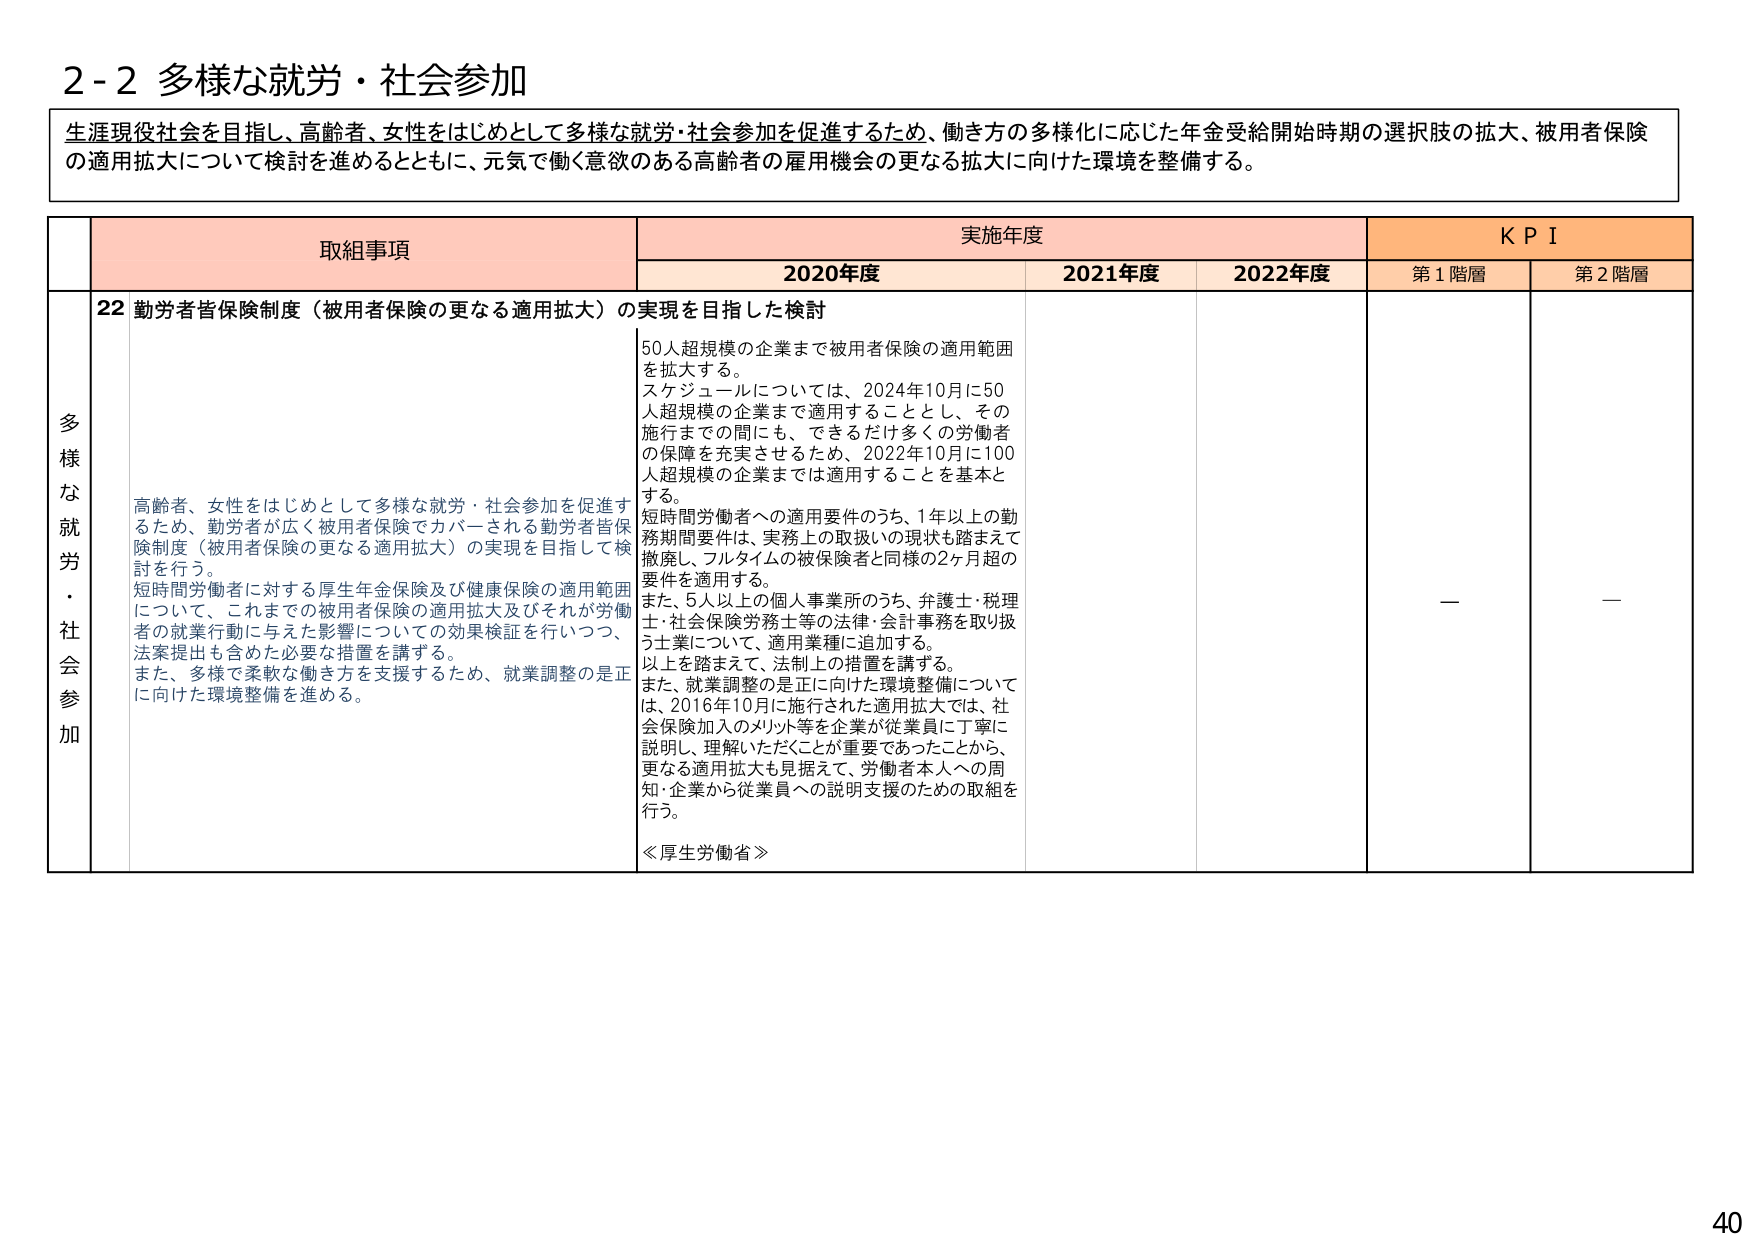
2-2 多様な就労・社会参加

生涯現役社会を目指し、高齢者、女性をはじめとして多様な就労・社会参加を促進するため、働き方の多様化に応じた年金受給開始時期の選択肢の拡大、被用者保険の適用拡大について検討を進めるとともに、元気に働く意欲のある高齢者の雇用機会の更なる拡大に向けた環境を整備する。

取組事項 実施年度 KPI
2020年度 2021年度 2022年度 第1階層 第2階層

多様な就労・社会参加
22 勤労者皆保険制度（被用者保険の更なる適用拡大）の実現を目指した検討

高齢者、女性をはじめとして多様な就労・社会参加を促進するため、勤労者が広く被用者保険でカバーされる勤労者皆保険制度（被用者保険の更なる適用拡大）の実現を目指して検討を行う。
短時間労働者に対する厚生年金保険及び健康保険の適用範囲について、これまでの被用者保険の適用拡大及びそれが労働者の就業行動に与えた影響についての効果検証を行いつつ、法案提出も含めた必要な措置を講ずる。
また、多様で柔軟な働き方を支援するため、就業調整の是正に向けた環境整備を進める。

50人超規模の企業まで被用者保険の適用範囲を拡大する。
スケジュールについては、2024年10月に50人超規模の企業まで適用することとし、その施行までの間にも、できるだけ多くの労働者の保障を充実させるため、2022年10月に100人超規模の企業までは適用することを基本とする。
短時間労働者への適用要件のうち、1年以上の勤務期間要件は、実務上の取扱いの現状も踏まえて撤廃し、フルタイムの被保険者と同様の2ヶ月超の要件を適用する。
また、5人以上の個人事業所のうち、弁護士・税理士・社会保険労務士等の法律・会計事務を取り扱う事業について、適用業種に追加する。
以上を踏まえて、法制上の措置を講ずる。
また、就業調整の是正に向けた環境整備については、2016年10月に施行された適用拡大では、社会保険加入のメリット等を企業が従業員に丁寧に説明し、理解いただくことが重要であったことから、更なる適用拡大も見据えて、労働者本人への周知・企業から従業員への説明支援のための取組を行う。

≪厚生労働省≫

— —